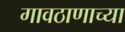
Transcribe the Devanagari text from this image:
गावठाणाच्या